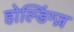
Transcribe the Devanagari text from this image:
होल्डिंग्ज़